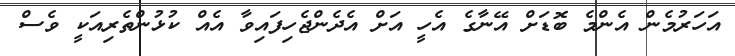
އަހަރުމެން އެންމެ ބޮޑަށް އޭނާގެ އެހީ އަށް އެދެންޖެހިފައިވާ އެއް ކުޅުންތެރިއަކީ ވެސް